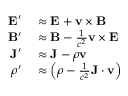
\begin{array} { r l } { \mathbf { E } ^ { \prime } } & { { } \approx \mathbf { E } + \mathbf { v } \times \mathbf { B } } \\ { \mathbf { B } ^ { \prime } } & { { } \approx \mathbf { B } - { \frac { 1 } { c ^ { 2 } } } \mathbf { v } \times \mathbf { E } } \\ { \mathbf { J } ^ { \prime } } & { { } \approx \mathbf { J } - \rho \mathbf { v } } \\ { \rho ^ { \prime } } & { { } \approx \left( \rho - { \frac { 1 } { c ^ { 2 } } } \mathbf { J } \cdot \mathbf { v } \right) } \end{array}